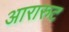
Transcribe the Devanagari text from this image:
आरारुट